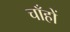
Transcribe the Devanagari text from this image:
चाँहों